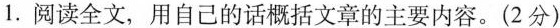
1.阅读全文，用自己的话概括文章的主要内容。(2分)